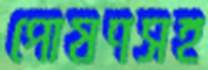
পোষণসহ